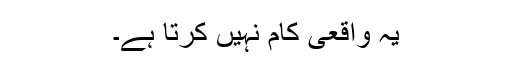
یہ واقعی کام نہیں کرتا ہے۔